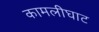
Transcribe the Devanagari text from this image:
कामलीघाट